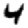
Digit: 4